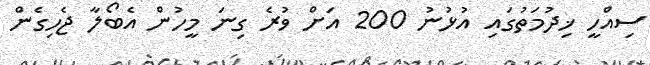
ސިއްހީ ޚިދުމަތުގައި އުޅުނު 200 އަށް ވުރެ ގިނަ މީހުން އެބޯލާ ޖެހިގެން